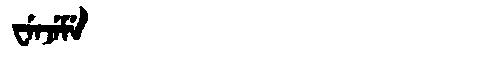
Manchu: ᠸᡝᠨᠵᡝᠮᡝ
Romanization: WENJEME